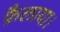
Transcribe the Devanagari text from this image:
फ़ैलाया।